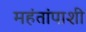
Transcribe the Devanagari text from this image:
महंतांपाशी